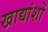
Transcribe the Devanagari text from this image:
खाद्यांशों